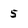
Character: 5